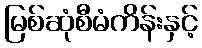
မြစ်ဆုံစီမံကိန်းနှင့်